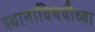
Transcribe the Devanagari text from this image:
स्थानाविषयीच्या